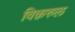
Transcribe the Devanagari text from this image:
विक़रुल